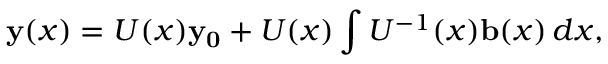
\mathbf { y } ( x ) = U ( x ) \mathbf { y _ { 0 } } + U ( x ) \int U ^ { - 1 } ( x ) \mathbf { b } ( x ) \, d x ,